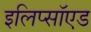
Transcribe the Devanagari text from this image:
इलिप्सॉएड